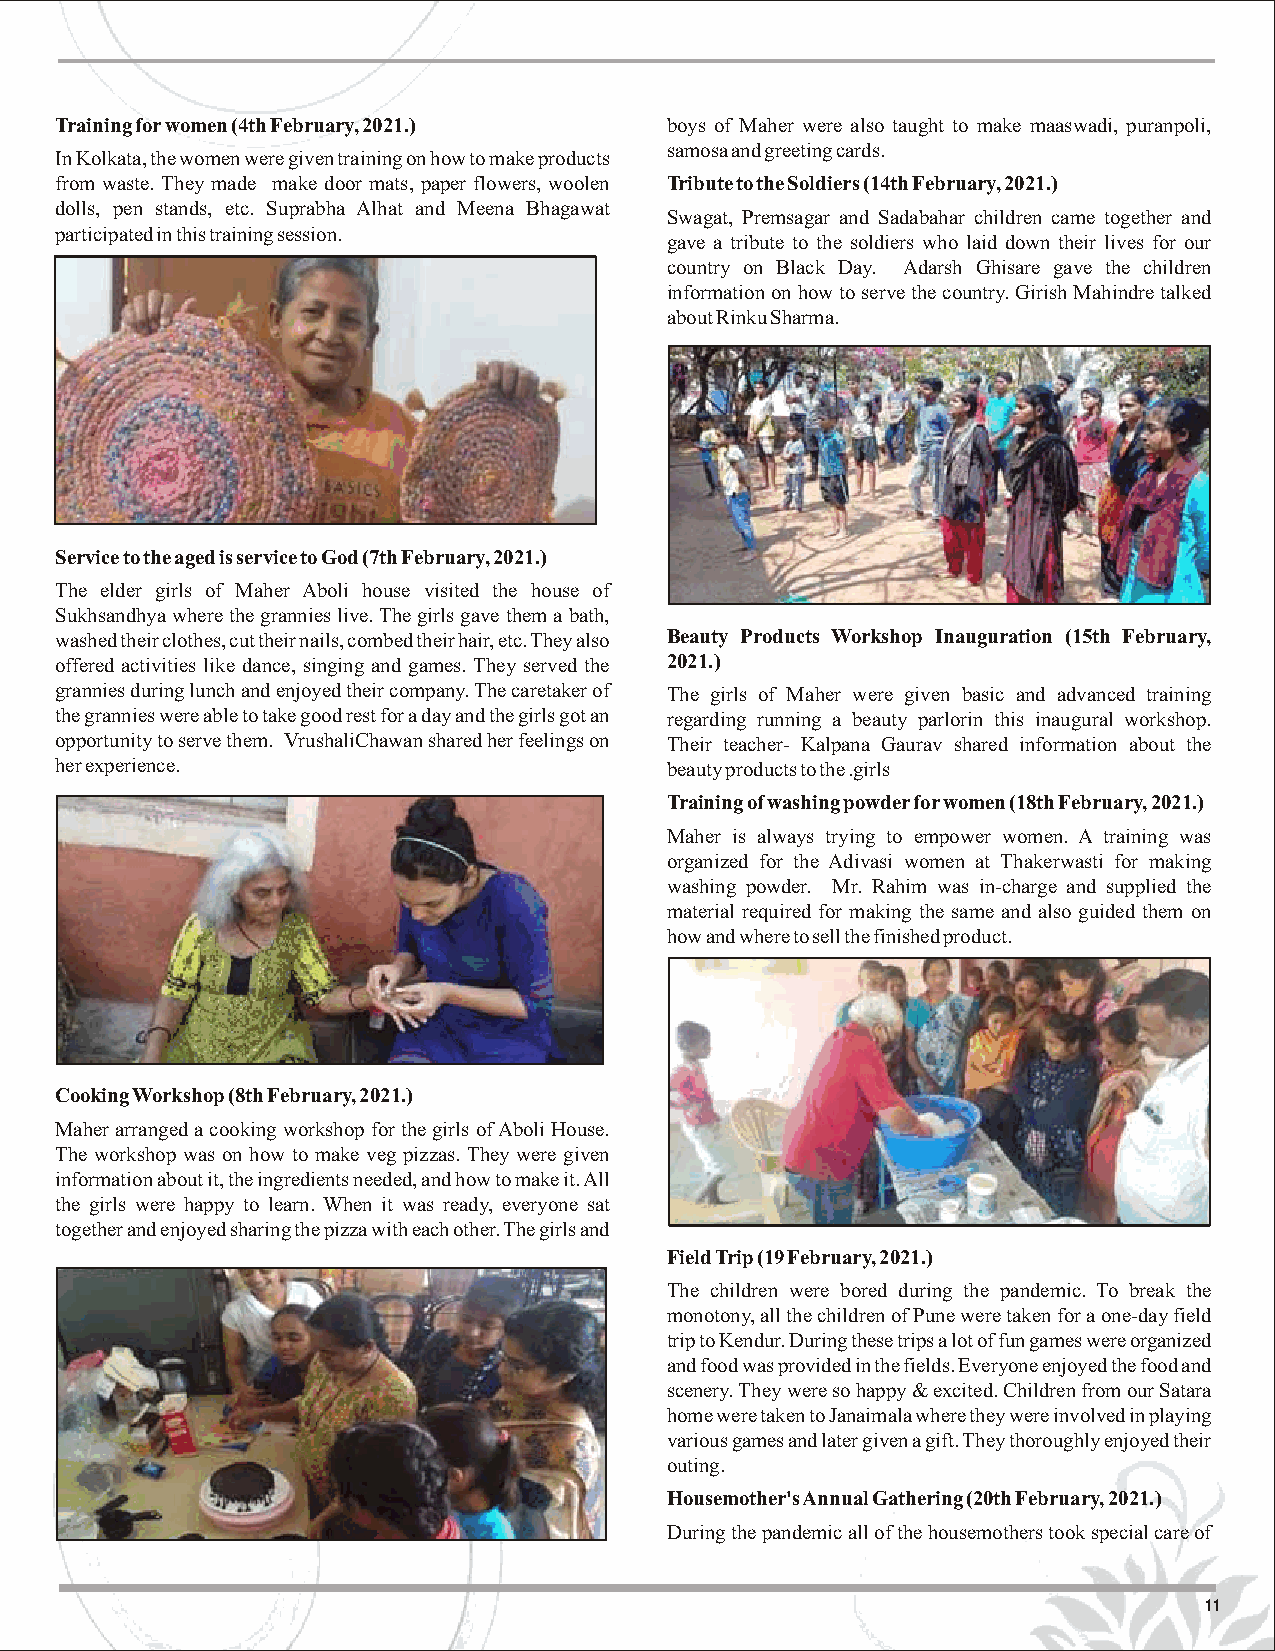
Training for women (4th February, 2021.) boys of Maher were also taught to make maaswadi, puranpoli,
 samosa and greeting cards.
 In Kolkata, the women were given training on how to make products
 from waste. They made make door mats, paper flowers, woolen Tribute to the Soldiers (14th February, 2021.)
 dolls, pen stands, etc. Suprabha Alhat and Meena Bhagawat
 Swagat, Premsagar and Sadabahar children came together and
 participated in this training session.
 gave a tribute to the soldiers who laid down their lives for our
 country on Black Day. Adarsh Ghisare gave the children
 information on how to serve the country. Girish Mahindre talked
 about Rinku Sharma.
 Service to the aged is service to God (7th February, 2021.)
 The elder girls of Maher Aboli house visited the house of
 Sukhsandhya where the grannies live. The girls gave them a bath,
 washed their clothes, cut their nails, combed their hair, etc. They also Beauty Products Workshop Inauguration (15th February,
 offered activities like dance, singing and games. They served the 2021.)
 grannies during lunch and enjoyed their company.The caretaker of The girls of Maher were given basic and advanced training
 the grannies were able to take good rest for a day and the girls got an regarding running a beauty parlorin this inaugural workshop.
 opportunity to serve them. VrushaliChawan shared her feelings on Their teacher- Kalpana Gaurav shared information about the
 her experience.                         beauty products to the .girls
 Training of washing powder for women (18th February, 2021.)
 Maher is always trying to empower women. A training was
 organized for the Adivasi women at Thakerwasti for making
 washing powder. Mr. Rahim was in-charge and supplied the
 material required for making the same and also guided them on
 how and where to sell the finished product.
 CookingWorkshop (8th February, 2021.)
 Maher arranged a cooking workshop for the girls of Aboli House.
 The workshop was on how to make veg pizzas. They were given
 information about it, the ingredients needed, and how to make it. All
 the girls were happy to learn. When it was ready, everyone sat
 together and enjoyed sharing the pizza with each other.The girls and
 FieldTrip (19 February, 2021.)
 The children were bored during the pandemic. To break the
 monotony, all the children of Pune were taken for a one-day field
 trip to Kendur. During these trips a lot of fun games were organized
 and food was provided in the fields. Everyone enjoyed the food and
 scenery.They were so happy & excited. Children from our Satara
 home were taken to Janaimala where they were involved in playing
 various games and later given a gift. They thoroughly enjoyed their
 outing.
 Housemother'sAnnual Gathering (20th February, 2021.)
 During the pandemic all of the housemothers took special care of
 11